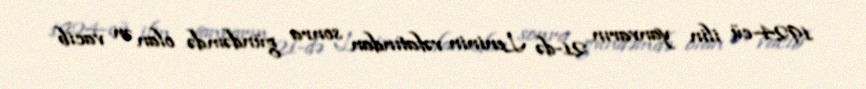
1924-cü ilin yanvarın 21-də Leninin vəfatından sonra gündəmdə olan ən vacib